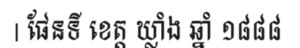
| ផែនទី ខេត្ត ឃ្លាំង ឆ្នាំ ១៨៨៨